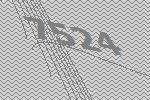
7524